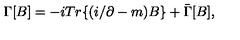
\Gamma \lbrack B \rbrack = - i T r \lbrace ( i \slash \partial - m ) B \rbrace + \bar { \Gamma } [ B ] ,